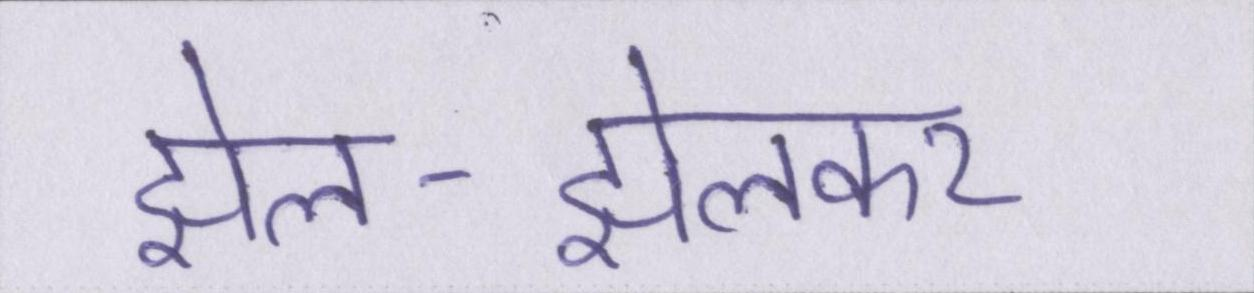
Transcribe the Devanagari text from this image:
झेल-झेलकर